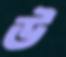
উ